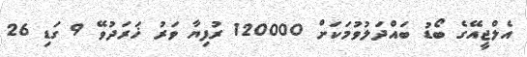
އެލްޖީއޭގެ ބޯޑު ބައްދަލުވުމަކަށް 120000 ރުފިޔާ ވަރު ޚަރަދުވޭ 9 ގަޑި 26